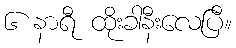
၆ နာရီ ထိုးခါနီးလေပြီ။